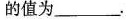
的值为___.